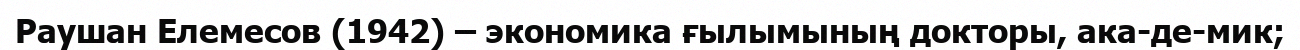
Раушан Елемесов (1942) – экономика ғылымының докторы, ака­де­мик;